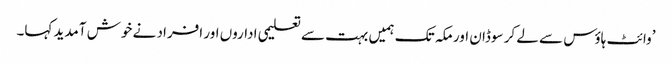
’وائٹ ہاؤس سے لے کر سوڈان اور مکہ تک ہمیں بہت سے تعلیمی اداروں اور افراد نے خوش آمدید کہا۔